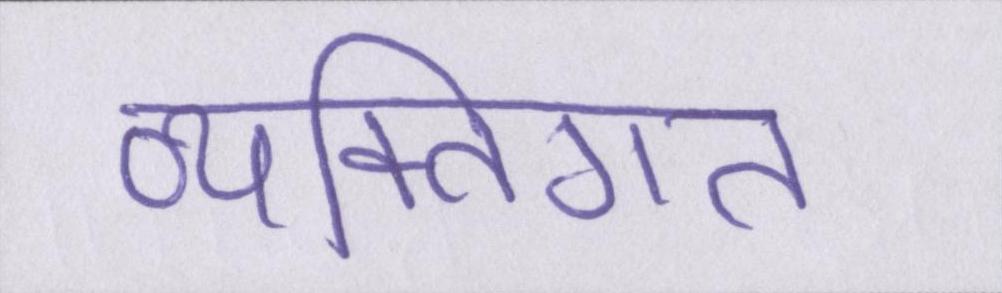
व्यक्तिगत